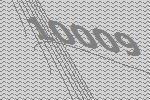
10009